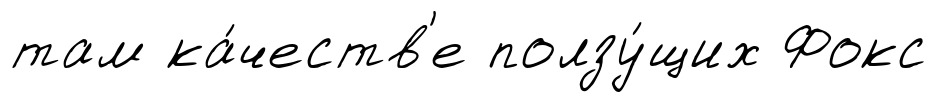
там ка́честв'е ползу́щих Фокс